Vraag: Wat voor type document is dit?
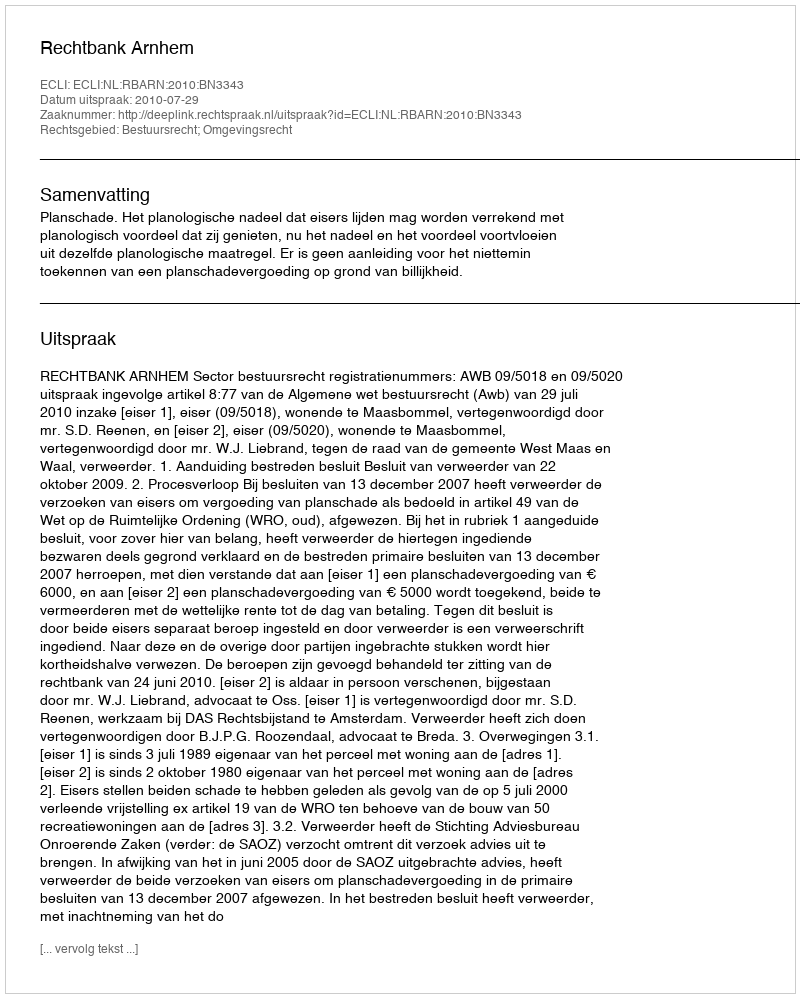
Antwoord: Uitspraak